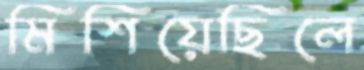
মিশিয়েছিলে